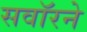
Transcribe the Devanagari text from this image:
सवॉरने